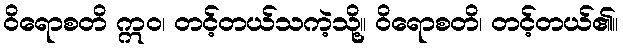
ဝိရောစတိ ဣဝ၊ တင့်တယ်သကဲ့သို့။ ဝိရောစတိ၊ တင့်တယ်၏။